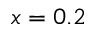
x = 0 . 2